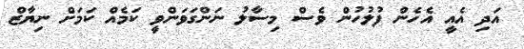
އަދި އެއީ އެހެން ފުލުހުން ވެސް މިސާލު ނަންގަވަންވީ ކަމެއް ކަމަށް ނިޔާޒް